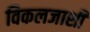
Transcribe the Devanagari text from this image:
विकलजाशी